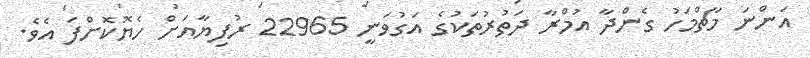
އަންނަ މާޗްމަހު ގެންދާ އުމްރާ ދަތުރުތަކުގެ އަގުވަނީ 22965 ރުފިޔާއަށް ހެޔޮކޮށްފަ އެވެ.